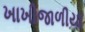
ખાખીજાળીયા